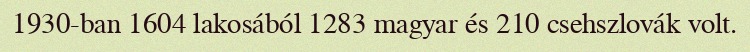
1930-ban 1604 lakosából 1283 magyar és 210 csehszlovák volt.